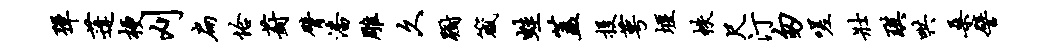
弹蓬梗刈扁恰葑臂潘雕久蹰箴蛙盖投萼堰帙尺汀匆嗟壮琪哄桑譬